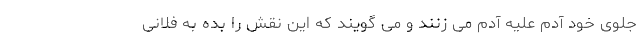
جلوی خود آدم علیه آدم می زنند و می گویند که این نقش را بده به فلانی